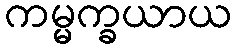
ကမ္မက္ခယာယ